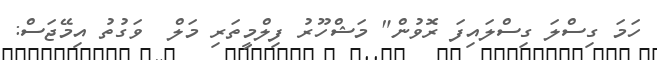
ހަމަ ގިސްލަ ގިސްލައިފަ ރޮވުން" މަޝްހޫރު ފިލްމީތަރި މަލް  ވަގުތު އިމޭޖަސް: